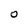
Character: O